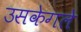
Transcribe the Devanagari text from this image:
उसकेगले